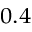
_ { 0 . 4 }